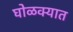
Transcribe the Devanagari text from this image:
घोळक्यात